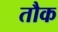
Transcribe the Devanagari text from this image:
तौक